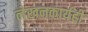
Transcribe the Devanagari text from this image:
लेखनकार्यही